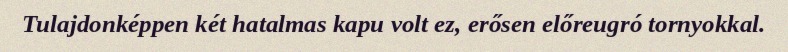
Tulajdonképpen két hatalmas kapu volt ez, erősen előreugró tornyokkal.